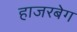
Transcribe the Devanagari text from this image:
हाजरबेग